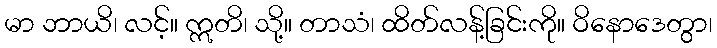
မာ ဘာယိ၊ လင့်။ ဣတိ၊ သို့။ တာသံ၊ ထိတ်လန့်ခြင်းကို။ ဝိနောဒေတွာ၊